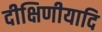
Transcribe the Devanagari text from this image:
दीक्षिणीयादि